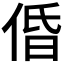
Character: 𠉣